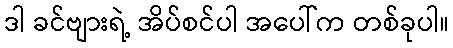
ဒါ ခင်ဗျားရဲ့ အိပ်စင်ပါ အပေါ်က တစ်ခုပါ။